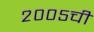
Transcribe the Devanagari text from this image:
२००५ची